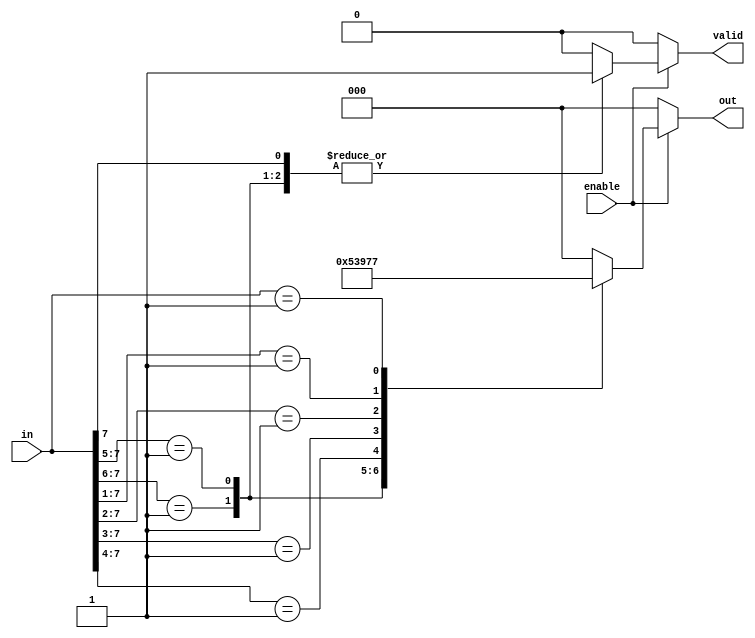
module multilevel_encoder (
    input wire [7:0] in,     // 8 input lines
    input wire enable,        // Enable signal
    output reg [2:0] out,     // 3 output lines for binary encoding
    output reg valid          // Valid output signal
);

    always @(*) begin
        if (!enable) begin
            out = 3'b000;     // Default output when not enabled
            valid = 1'b0;     // Output is not valid
        end else begin
            valid = 1'b0;      // Default valid output
            casez (in)        // Casez allows for 'z' (high impedance) detection
                8'b1???????: begin
                    out = 3'b000; // Input 0 is active
                    valid = 1'b1;
                end
                8'b01??????: begin
                    out = 3'b001; // Input 1 is active
                    valid = 1'b1;
                end
                8'b001?????: begin
                    out = 3'b010; // Input 2 is active
                    valid = 1'b1;
                end
                8'b0001????: begin
                    out = 3'b011; // Input 3 is active
                    valid = 1'b1;
                end
                8'b00001???: begin
                    out = 3'b100; // Input 4 is active
                    valid = 1'b1;
                end
                8'b000001??: begin
                    out = 3'b101; // Input 5 is active
                    valid = 1'b1;
                end
                8'b0000001?: begin
                    out = 3'b110; // Input 6 is active
                    valid = 1'b1;
                end
                8'b00000001: begin
                    out = 3'b111; // Input 7 is active
                    valid = 1'b1;
                end
                default: begin
                    out = 3'b000; // Invalid state or no active inputs
                    valid = 1'b0; // Mark output as invalid
                end
            endcase
        end
    end

endmodule